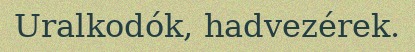
Uralkodók, hadvezérek.